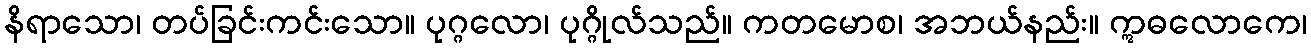
နိရာသော၊ တပ်ခြင်းကင်းသော။ ပုဂ္ဂလော၊ ပုဂ္ဂိုလ်သည်။ ကတမောစ၊ အဘယ်နည်း။ ဣဓလောကေ၊